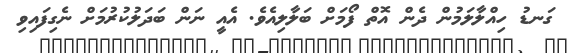
ގަނޑު ހިއްލާލަމުން ދެން އޮތް ފޯމަށް ބަލާލިއެވެ. އެއީ ނަން ބަދަލުކުރުމަށް ނެގިފައިވި